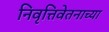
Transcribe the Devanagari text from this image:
निवृत्तिवेतनाच्या